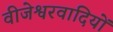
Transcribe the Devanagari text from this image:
वीजेश्वरवादियों